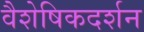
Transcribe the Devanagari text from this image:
वैशेषिकदर्शन